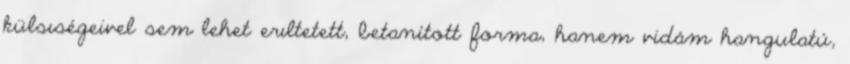
külsıségeivel sem lehet erıltetett, betanított forma, hanem vidám hangulatú,